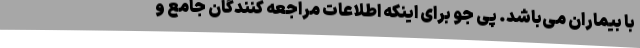
با بیماران می‌باشد. پی جو برای اینکه اطلاعات مراجعه کنندگان جامع و